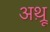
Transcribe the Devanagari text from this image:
अथ़्रू